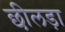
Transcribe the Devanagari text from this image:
छीलड़ा